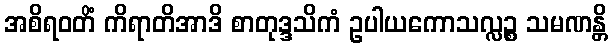
အစိရဝတိံ ကိရာတိအာဒိ စာတုဒ္ဒသိကံ ဥပါယကောသလ္လဉ္စ သမဏန္တိ